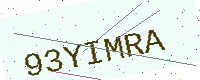
Text: 93YIMRA